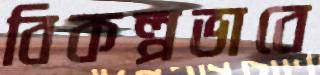
বিকল্পভাবে